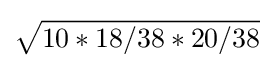
{\sqrt {10*18/38*20/38}}